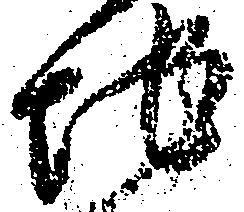
地